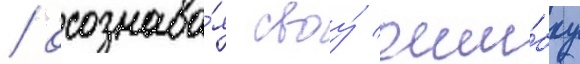
/ осознава́я своу́ оши́бку